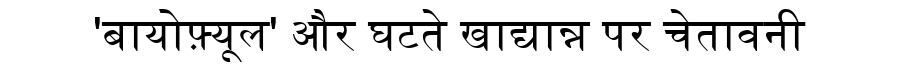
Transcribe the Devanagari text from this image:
'बायोफ़्यूल' और घटते खाद्यान्न पर चेतावनी